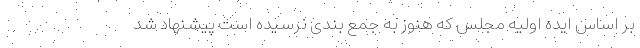
بر اساس ایده اولیه مجلس که هنوز به جمع بندی نرسیده است پیشنهاد شد